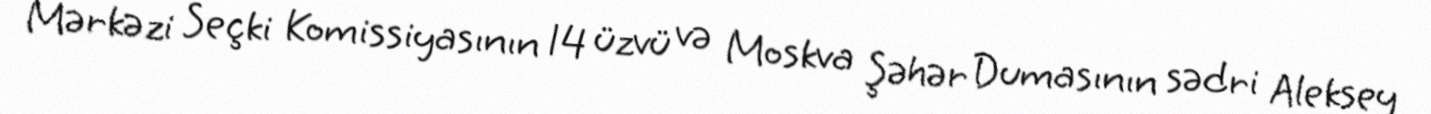
Mərkəzi Seçki Komissiyasının 14 üzvü və Moskva Şəhər Dumasının sədri Aleksey